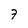
Character: 7